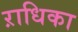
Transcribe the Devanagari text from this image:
ऱाधिका